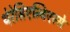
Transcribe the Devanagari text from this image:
थेरेसिएन्विएस्से